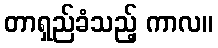
တာရှည်ခံသည့် ကာလ။